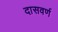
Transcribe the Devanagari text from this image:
दासवर्ण